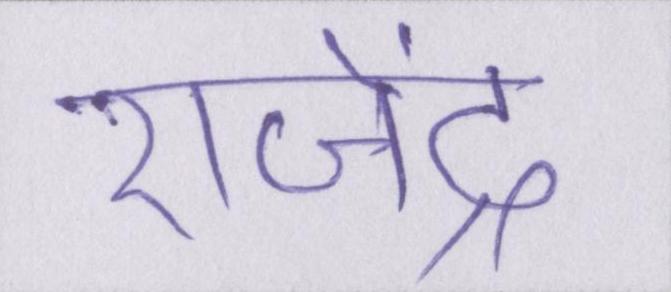
राजेंद्र